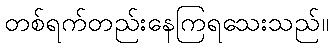
တစ်ရက်တည်းနေကြရသေးသည်။